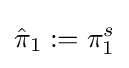
{\hat {\pi }}_{1}:=\pi _{1}^{s}